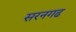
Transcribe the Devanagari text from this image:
सरनगढ